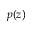
p ( z )